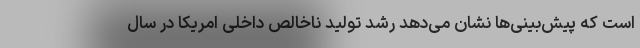
است که پیش‌بینی‌ها نشان می‌دهد رشد تولید ناخالص داخلی امریکا در سال‌